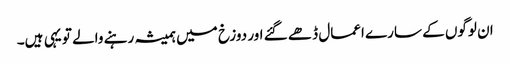
ان لوگوں کے سارے اعمال ڈھے گئے اور دوزخ میں ہمیشہ رہنے والے تو یہی ہیں۔